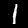
Label: 1